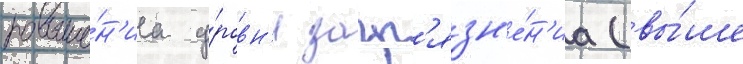
повыше́н'иа у́ровн'я загр'язн'е́н'иа (вы́ше